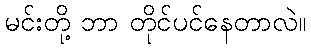
မင်းတို့ ဘာ တိုင်ပင်နေတာလဲ။